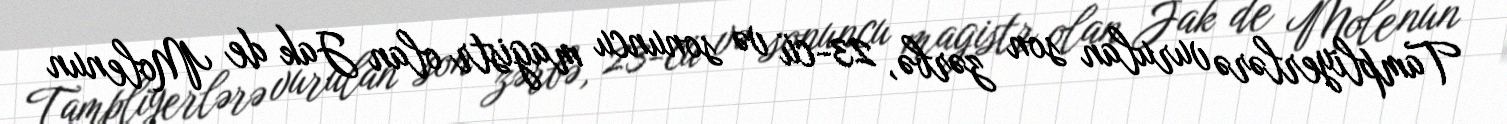
Tampliyerlərə vurulan son zərbə, 23-cü və sonuncu magistr olan Jak de Molenun